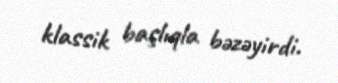
klassik başlıqla bəzəyirdi.